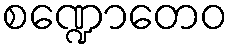
စဏ္ဍောတေဝ